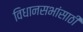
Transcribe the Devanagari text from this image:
विधानसभांसाठी